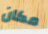
مكان